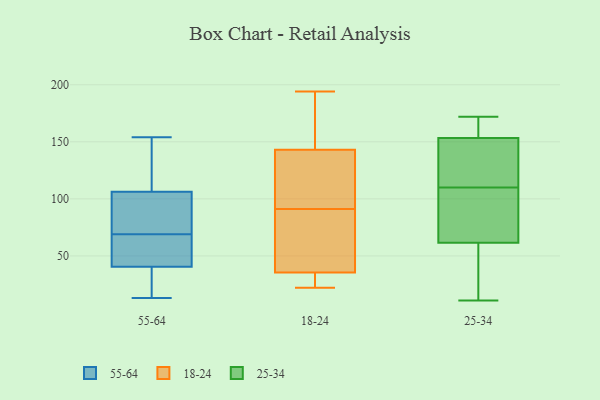
{"axis": {"x": "LTV (USD)", "y": "Value"}, "legend": ["18-24", "25-34", "55-64"], "data": [{"x": "", "y": 86, "type": "55-64"}, {"x": "", "y": 96, "type": "55-64"}, {"x": "", "y": 116, "type": "55-64"}, {"x": "", "y": 27, "type": "55-64"}, {"x": "", "y": 13, "type": "55-64"}, {"x": "", "y": 43, "type": "55-64"}, {"x": "", "y": 154, "type": "55-64"}, {"x": "", "y": 152, "type": "55-64"}, {"x": "", "y": 103, "type": "55-64"}, {"x": "", "y": 55, "type": "55-64"}, {"x": "", "y": 69, "type": "55-64"}, {"x": "", "y": 45, "type": "55-64"}, {"x": "", "y": 33, "type": "55-64"}, {"x": "", "y": 36, "type": "18-24"}, {"x": "", "y": 22, "type": "18-24"}, {"x": "", "y": 32, "type": "18-24"}, {"x": "", "y": 83, "type": "18-24"}, {"x": "", "y": 76, "type": "18-24"}, {"x": "", "y": 99, "type": "18-24"}, {"x": "", "y": 194, "type": "18-24"}, {"x": "", "y": 172, "type": "18-24"}, {"x": "", "y": 146, "type": "18-24"}, {"x": "", "y": 35, "type": "18-24"}, {"x": "", "y": 30, "type": "18-24"}, {"x": "", "y": 79, "type": "18-24"}, {"x": "", "y": 134, "type": "18-24"}, {"x": "", "y": 186, "type": "18-24"}, {"x": "", "y": 34, "type": "18-24"}, {"x": "", "y": 67, "type": "18-24"}, {"x": "", "y": 180, "type": "18-24"}, {"x": "", "y": 140, "type": "18-24"}, {"x": "", "y": 118, "type": "18-24"}, {"x": "", "y": 130, "type": "18-24"}, {"x": "", "y": 172, "type": "25-34"}, {"x": "", "y": 126, "type": "25-34"}, {"x": "", "y": 35, "type": "25-34"}, {"x": "", "y": 96, "type": "25-34"}, {"x": "", "y": 64, "type": "25-34"}, {"x": "", "y": 52, "type": "25-34"}, {"x": "", "y": 152, "type": "25-34"}, {"x": "", "y": 67, "type": "25-34"}, {"x": "", "y": 54, "type": "25-34"}, {"x": "", "y": 64, "type": "25-34"}, {"x": "", "y": 127, "type": "25-34"}, {"x": "", "y": 171, "type": "25-34"}, {"x": "", "y": 157, "type": "25-34"}, {"x": "", "y": 110, "type": "25-34"}, {"x": "", "y": 159, "type": "25-34"}, {"x": "", "y": 11, "type": "25-34"}, {"x": "", "y": 130, "type": "25-34"}]}